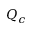
Q _ { c }